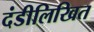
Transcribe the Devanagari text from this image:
दंडीलिखित